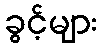
ခွင့်များ